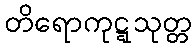
တိရောကုဋ္ဋသုတ္တ